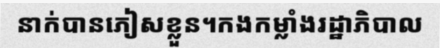
នាក់បានភៀសខ្លួន។កងកម្លាំងរដ្ឋាភិបាល